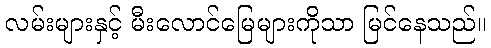
လမ်းများနှင့် မီးလောင်မြေများကိုသာ မြင်နေသည်။